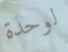
لوحدة